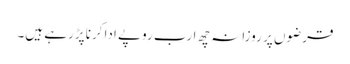
قرضوں پر روزانہ چھ ارب روپے ادا کرنا پڑرہے ہیں۔